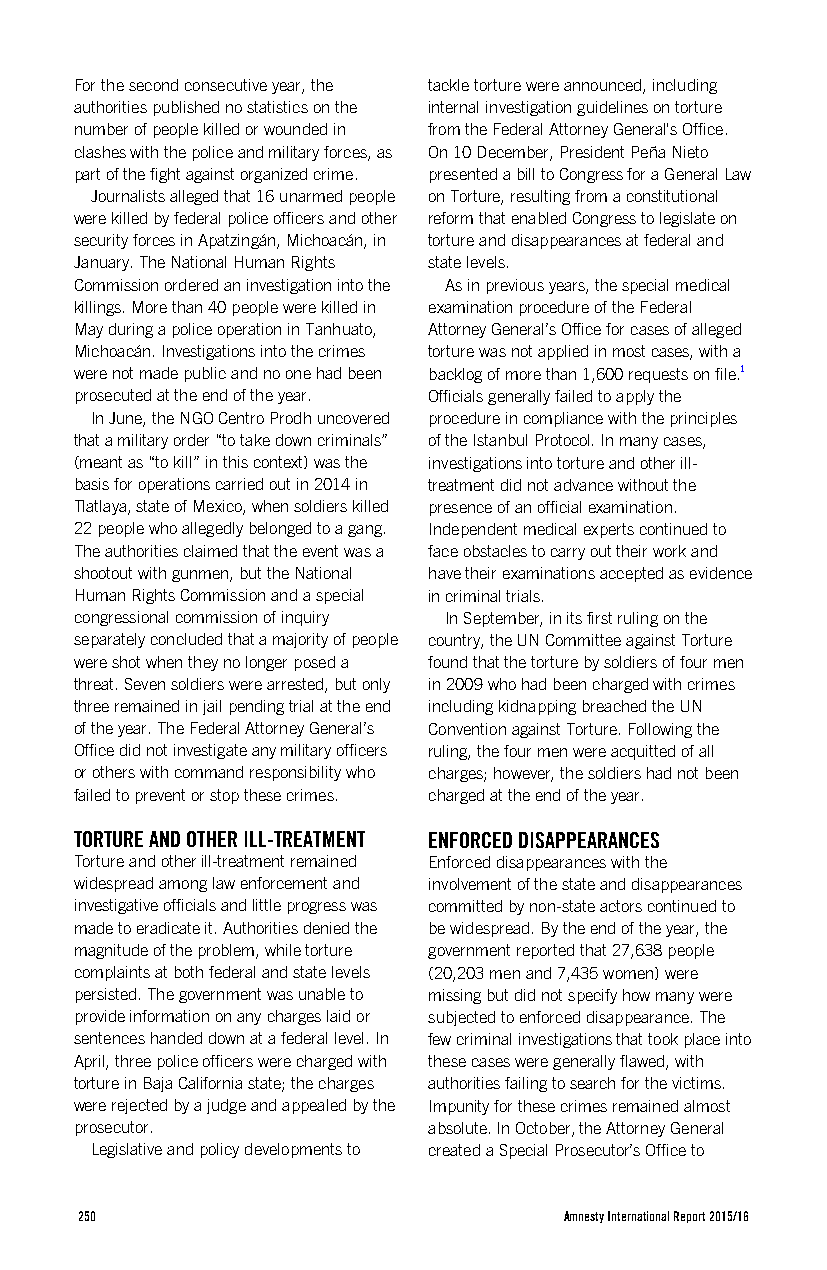
For the second consecutive year, the tackle torture were announced, including
 authorities published no statistics on the internal investigation guidelines on torture
 number of people killed or wounded in from the Federal Attorney General's Office.
 clashes with the police and military forces, as On 10 December, President Peña Nieto
 part of the fight against organized crime. presented a bill to Congress for a General Law
 Journalists alleged that 16 unarmed people on Torture, resulting from a constitutional
 were killed by federal police officers and other reform that enabled Congress to legislate on
 security forces in Apatzingán, Michoacán, in torture and disappearances at federal and
 January. The National Human Rights state levels.
 Commission ordered an investigation into the As in previous years, the special medical
 killings. More than 40 people were killed in examination procedure of the Federal
 May during a police operation in Tanhuato, Attorney General’s Office for cases of alleged
 Michoacán. Investigations into the crimes torture was not applied in most cases, with a
 were not made public and no one had been backlog of more than 1,600 requests on file.1
 prosecuted at the end of the year. Officials generally failed to apply the
 In June, the NGO Centro Prodh uncovered procedure in compliance with the principles
 that a military order “to take down criminals” of the Istanbul Protocol. In many cases,
 (meant as “to kill” in this context) was the investigations into torture and other ill-
 basis for operations carried out in 2014 in treatment did not advance without the
 Tlatlaya, state of Mexico, when soldiers killed presence of an official examination.
 22 people who allegedly belonged to a gang. Independent medical experts continued to
 The authorities claimed that the event was a face obstacles to carry out their work and
 shootout with gunmen, but the National have their examinations accepted as evidence
 Human Rights Commission and a special in criminal trials.
 congressional commission of inquiry In September, in its first ruling on the
 separately concluded that a majority of people country, the UN Committee against Torture
 were shot when they no longer posed a found that the torture by soldiers of four men
 threat. Seven soldiers were arrested, but only in 2009 who had been charged with crimes
 three remained in jail pending trial at the end including kidnapping breached the UN
 of the year. The Federal Attorney General’s Convention against Torture. Following the
 Office did not investigate any military officers ruling, the four men were acquitted of all
 or others with command responsibility who charges; however, the soldiers had not been
 failed to prevent or stop these crimes. charged at the end of the year.
 TORTURE AND OTHER ILL-TREATMENT ENFORCED DISAPPEARANCES
 Torture and other ill-treatment remained Enforced disappearances with the
 widespread among law enforcement and involvement of the state and disappearances
 investigative officials and little progress was committed by non-state actors continued to
 made to eradicate it. Authorities denied the be widespread. By the end of the year, the
 magnitude of the problem, while torture government reported that 27,638 people
 complaints at both federal and state levels (20,203 men and 7,435 women) were
 persisted. The government was unable to missing but did not specify how many were
 provide information on any charges laid or subjected to enforced disappearance. The
 sentences handed down at a federal level. In few criminal investigations that took place into
 April, three police officers were charged with these cases were generally flawed, with
 torture in Baja California state; the charges authorities failing to search for the victims.
 were rejected by a judge and appealed by the Impunity for these crimes remained almost
 prosecutor.            absolute. In October, the Attorney General
 Legislative and policy developments to created a Special Prosecutor’s Office to
 250                             Amnesty International Report 2015/16